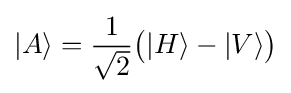
|A\rangle ={\frac {1}{\sqrt {2}}}{\big (}|H\rangle -|V\rangle {\big )}